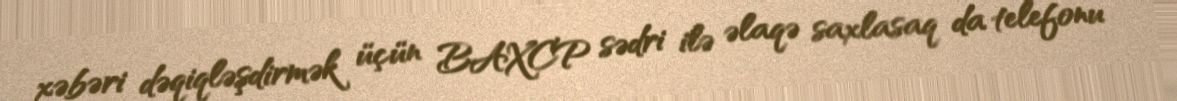
xəbəri dəqiqləşdirmək üçün BAXCP sədri ilə əlaqə saxlasaq da telefonu